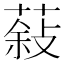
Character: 𮐮